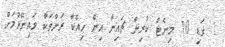
1 ގަޑި 10 މިނެޓް ކުރިން ޗައިނާ އިން ހިއްކާ ރަށްތަކާ ވައިނޭޅުމަށް